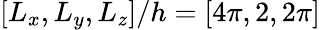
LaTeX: [L_{x},L_{y},L_{z}]/h=[4\pi,2,2\pi]